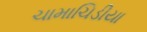
ચામાચિડીયા